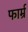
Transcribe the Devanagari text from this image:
फार्म्र